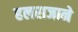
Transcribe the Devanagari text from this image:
हलराजाने